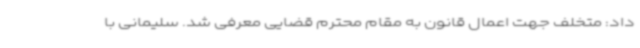
داد: متخلف جهت اعمال قانون به مقام محترم قضایی معرفی شد. سلیمانی با